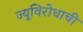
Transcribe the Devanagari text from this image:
ज्यूविरोधाची